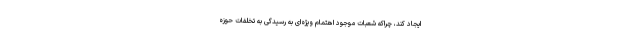
ایجاد کند، چراکه شعبات موجود اهتمام ویژه‌ای به رسیدگی به تخلفات حوزه